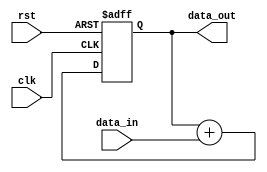
module ParallelAccumulator (
    input wire clk,
    input wire rst,
    input wire [7:0] data_in,
    output wire [15:0] data_out
);

reg [15:0] sum;

always @(posedge clk or posedge rst) begin
    if (rst) begin
        sum <= 16'h0000;
    end else begin
        sum <= sum + {8'h00, data_in};
    end
end

assign data_out = sum;

endmodule